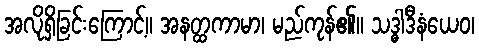
အလိုရှိခြင်းကြောင့်။ အနတ္ထကာမာ၊ မည်ကုန်၏။ သဒ္ဓါဒီနံယေဝ၊